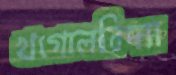
খগোলবিদ্যা